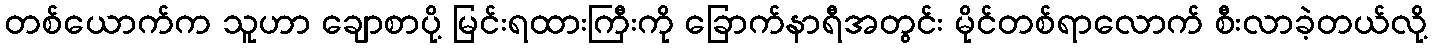
တစ်ယောက်က သူဟာ ချောစာပို့ မြင်းရထားကြီးကို ခြောက်နာရီအတွင်း မိုင်တစ်ရာလောက် စီးလာခဲ့တယ်လို့